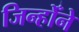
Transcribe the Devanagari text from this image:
जिन्होँने